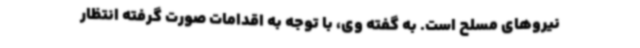
نیروهای مسلح است. به گفته وی، با توجه به اقدامات صورت گرفته انتظار